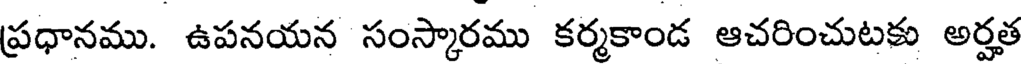
ప్రధానము. ఉపనయన సంస్కారము కర్మకాండ ఆచరించుటకు అర్హత